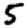
Digit: 5